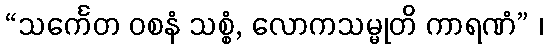
“သင်္ကေတ ဝစနံ သစ္စံ, လောကသမ္မုတိ ကာရဏံ” ၊